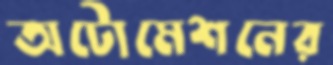
অটোমেশনের